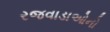
રજવાડાઓનો